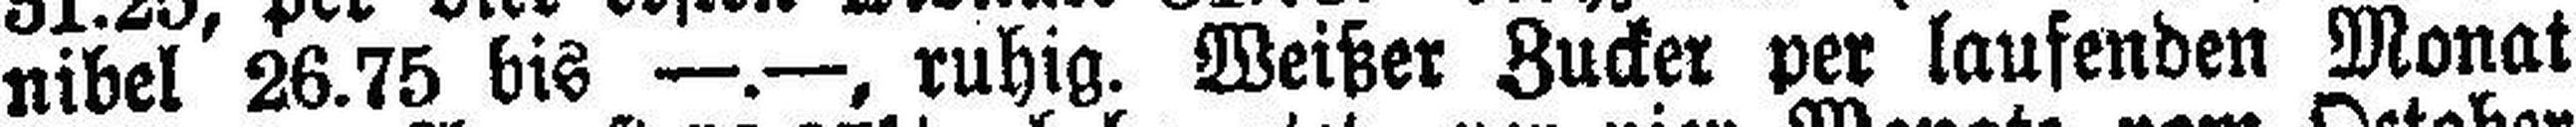
nibel 26.75 bis —.—, ruhig. Weißer Zucker per laufenden Monat